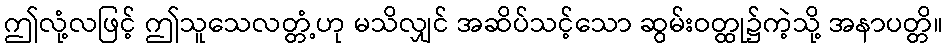
ဤလုံ့လဖြင့် ဤသူသေလတ္တံ့ဟု မသိလျှင် အဆိပ်သင့်သော ဆွမ်းဝတ္ထု၌ကဲ့သို့ အနာပတ္တိ။